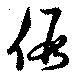
仮